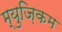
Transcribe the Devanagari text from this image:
म्युज़िकम